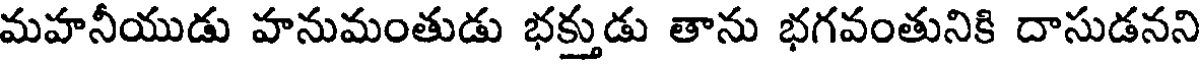
మహనీయుడు హనుమంతుడు భక్తుడు తాను భగవంతునికి దాసుడనని